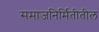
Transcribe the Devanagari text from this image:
समाजनिर्मितीतील